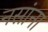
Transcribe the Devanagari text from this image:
नसांना